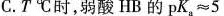
C.T℃时，弱酸HB的pK。≈5